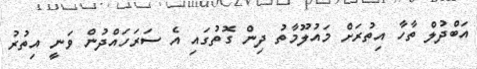
އަބްދުލް ތާހާ އިތުރަށް މައުލޫމާތު ދިން ގޮތުގައި އެ ސަރަހައްދުން ވަނީ އިތުރު